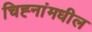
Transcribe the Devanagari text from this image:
चिह्नांमधील